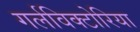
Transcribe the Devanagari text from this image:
गर्लविक्टोरिया